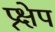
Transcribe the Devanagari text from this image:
प्र्क्षेप